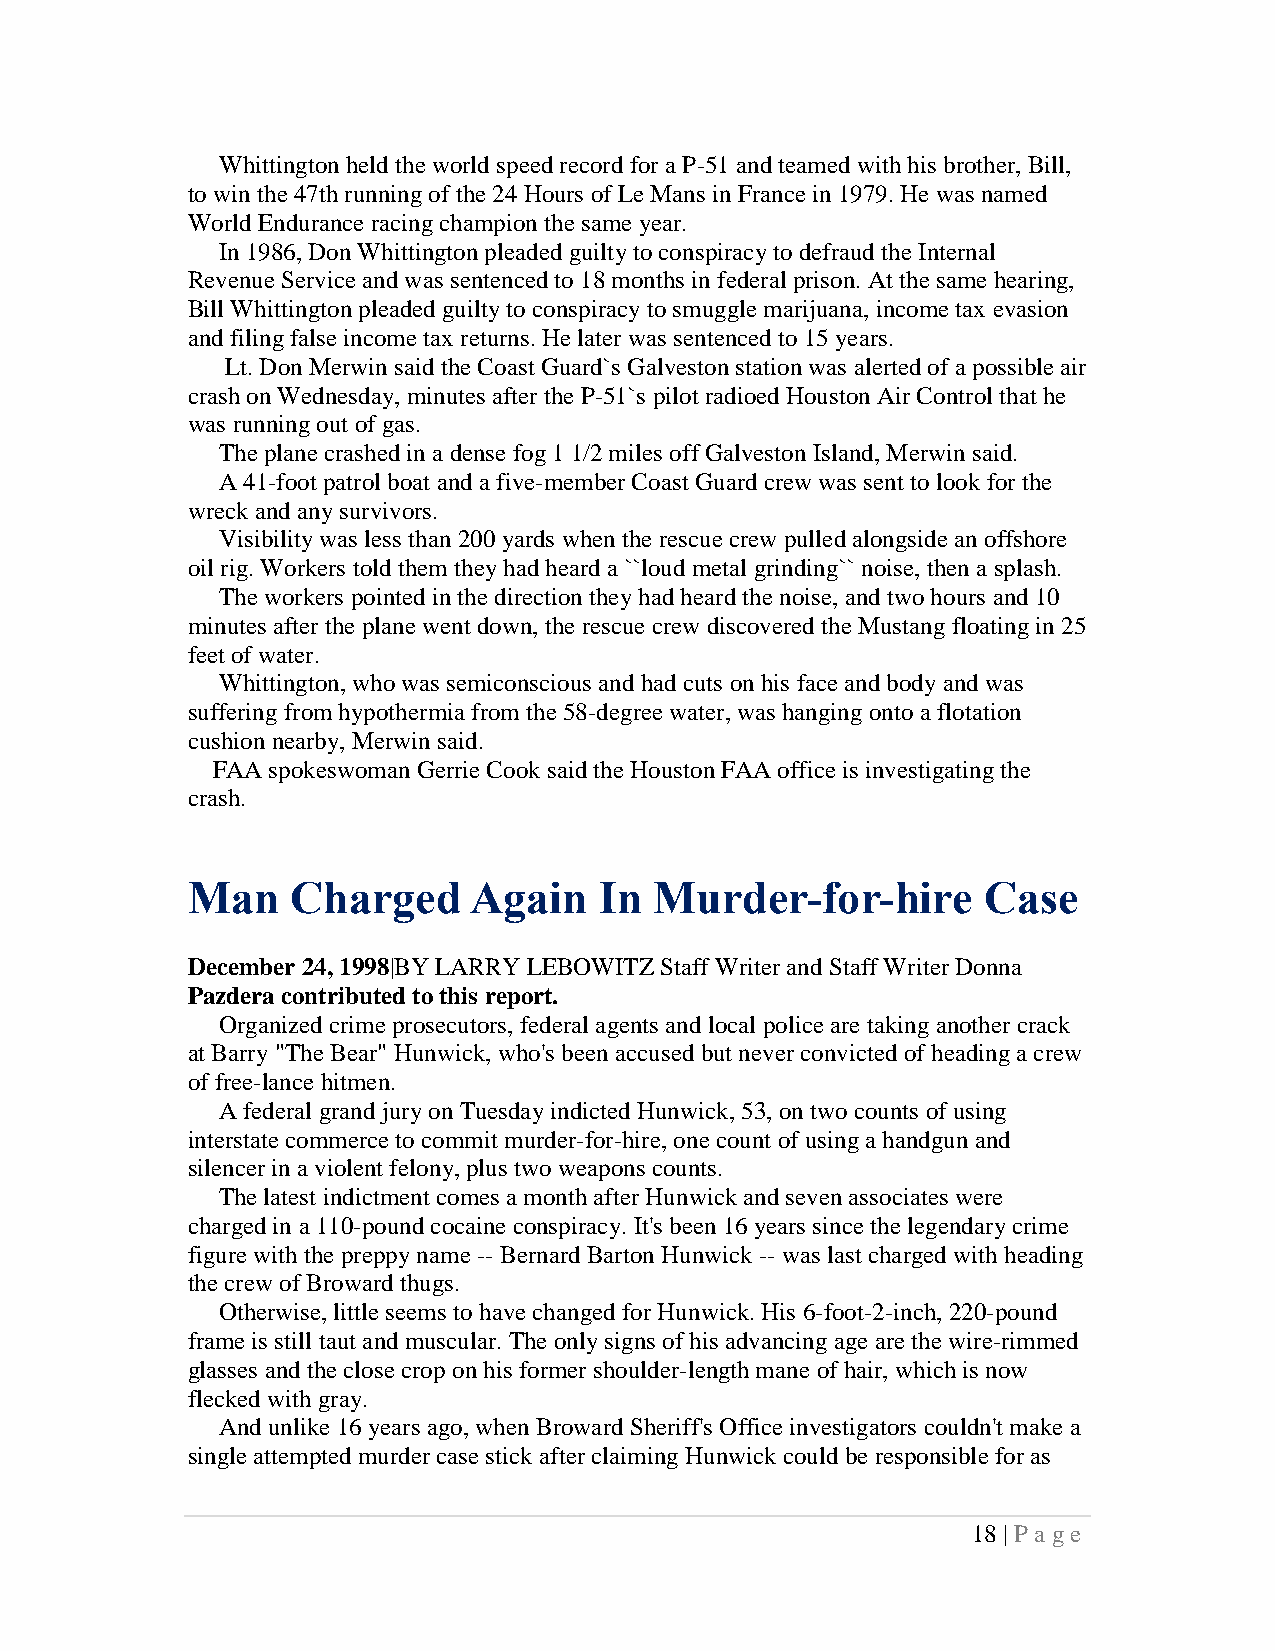
Whittington held the world speed record for a P-51 and teamed with his brother, Bill,
 to win the 47th running of the 24 Hours of Le Mans in France in 1979. He was named
 World Endurance racing champion the same year.
 In 1986, Don Whittington pleaded guilty to conspiracy to defraud the Internal
 Revenue Service and was sentenced to 18 months in federal prison. At the same hearing,
 Bill Whittington pleaded guilty to conspiracy to smuggle marijuana, income tax evasion
 and filing false income tax returns. He later was sentenced to 15 years.
 Lt. Don Merwin said the Coast Guard`s Galveston station was alerted of a possible air
 crash on Wednesday, minutes after the P-51`s pilot radioed Houston Air Control that he
 was running out of gas.
 The plane crashed in a dense fog 1 1/2 miles off Galveston Island, Merwin said.
 A 41-foot patrol boat and a five-member Coast Guard crew was sent to look for the
 wreck and any survivors.
 Visibility was less than 200 yards when the rescue crew pulled alongside an offshore
 oil rig. Workers told them they had heard a ``loud metal grinding`` noise, then a splash.
 The workers pointed in the direction they had heard the noise, and two hours and 10
 minutes after the plane went down, the rescue crew discovered the Mustang floating in 25
 feet of water.
 Whittington, who was semiconscious and had cuts on his face and body and was
 suffering from hypothermia from the 58-degree water, was hanging onto a flotation
 cushion nearby, Merwin said.
 FAA spokeswoman Gerrie Cook said the Houston FAA office is investigating the
 crash.
 Man    Charged     Again    In Murder-for-hire       Case
 December 24, 1998|BY LARRY LEBOWITZ Staff Writer and Staff Writer Donna
 Pazdera contributed to this report.
 Organized crime prosecutors, federal agents and local police are taking another crack
 at Barry "The Bear" Hunwick, who's been accused but never convicted of heading a crew
 of free-lance hitmen.
 A federal grand jury on Tuesday indicted Hunwick, 53, on two counts of using
 interstate commerce to commit murder-for-hire, one count of using a handgun and
 silencer in a violent felony, plus two weapons counts.
 The latest indictment comes a month after Hunwick and seven associates were
 charged in a 110-pound cocaine conspiracy. It's been 16 years since the legendary crime
 figure with the preppy name -- Bernard Barton Hunwick -- was last charged with heading
 the crew of Broward thugs.
 Otherwise, little seems to have changed for Hunwick. His 6-foot-2-inch, 220-pound
 frame is still taut and muscular. The only signs of his advancing age are the wire-rimmed
 glasses and the close crop on his former shoulder-length mane of hair, which is now
 flecked with gray.
 And unlike 16 years ago, when Broward Sheriff's Office investigators couldn't make a
 single attempted murder case stick after claiming Hunwick could be responsible for as
 18 | P a ge